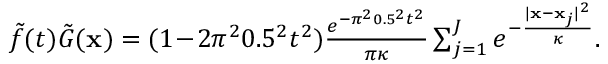
\begin{array} { r } { \tilde { f } ( t ) \tilde { G } ( \mathbf x ) = ( 1 \! - \! 2 \pi ^ { 2 } 0 . 5 ^ { 2 } t ^ { 2 } ) { \frac { e ^ { - \pi ^ { 2 } 0 . 5 ^ { 2 } t ^ { 2 } } } { \pi \kappa } } \sum _ { j = 1 } ^ { J } e ^ { - { \frac { | \mathbf x - \mathbf x _ { j } | ^ { 2 } } { \kappa } } } . } \end{array}